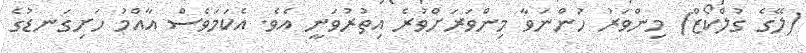
(ލޭގެ ގުލްކޯޒް) މިންވަރު ހުންނަވާ މިންވަރަށްވުރެ އިތުރުވަނީ އެވެ. އެކަމަވެސް އާއްމު ހަށިގަނޑުގެ